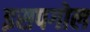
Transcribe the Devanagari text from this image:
इसपगोल